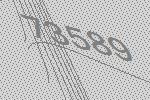
73589